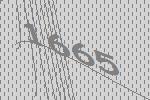
1665